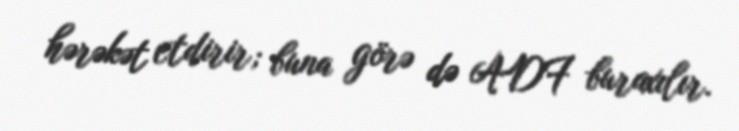
hərəkət etdirir; buna görə də ADF buraxılır.